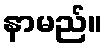
နာမည်။